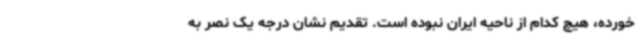
خورده، هیچ کدام از ناحیه ایران نبوده است. تقدیم نشان درجه یک نصر به